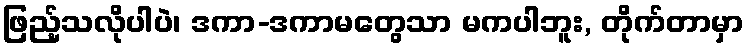
ဖြည့်သလိုပါပဲ၊ ဒကာ-ဒကာမတွေသာ မကပါဘူး, တိုက်တာမှာ